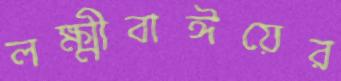
লক্ষ্মীবাঈয়ের